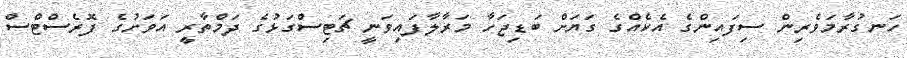
ހަނގުރާމަވެރިން ސިފައިންގެ އެކެއްގެ ގަޔަށް ބަޑިޖަހާ މަރާލާފައިވަނީ ޗަޓިސްގަޅުގެ ދަމްތާރީ އަވަށުގެ ފޮރެސްޓްސް